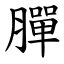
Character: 䐷